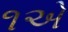
૧એ